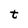
Character: t